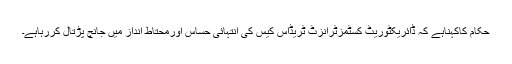
حکام کاکہناہے کہ ڈائریکٹوریٹ کسٹمزٹرانزٹ ٹریڈاس کیس کی انتہائی حساس اورمحتاط انداز میں جانچ پڑتال کررہاہے۔